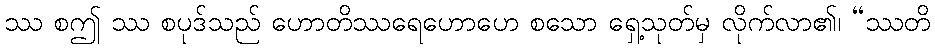
ဿ စဤ ဿ စပုဒ်သည် ဟောတိဿရေဟောဟေ စသော ရှေ့သုတ်မှ လိုက်လာ၏၊ “ဿတိ